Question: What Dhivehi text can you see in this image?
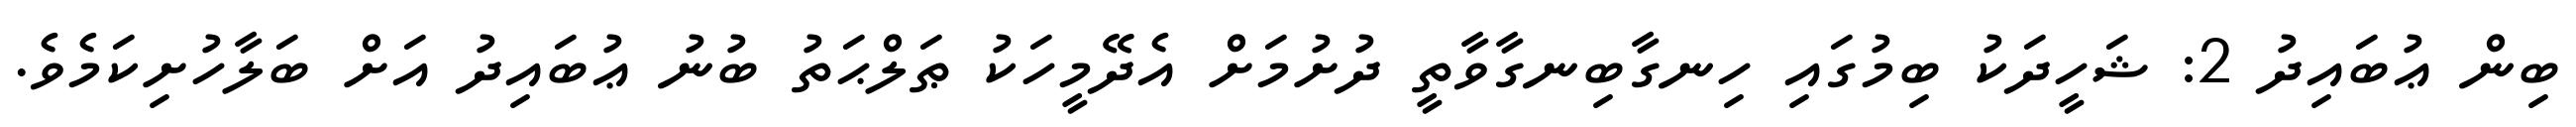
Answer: ބިން ޢުބައިދު 2: ޝަހީދަކު ބިމުގައި ހިނގާބިނގާވާތީ ދުށުމަށް އެދޭމީހަކު ޠަލްޙަތު ބުނު ޢުބައިދު އަށް ބަލާހުށިކަމެވެ.